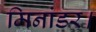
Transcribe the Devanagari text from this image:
मिनांडर।